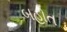
બહોત